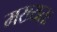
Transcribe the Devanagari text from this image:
मख्यतः